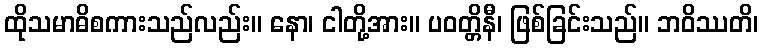
ထိုသမာဓိစကားသည်လည်း။ နော၊ ငါတို့အား။ ပဝတ္တိနီ၊ ဖြစ်ခြင်းသည်။ ဘဝိဿတိ၊